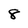
Character: 8